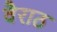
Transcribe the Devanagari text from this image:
वैराठ